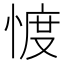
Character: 𢜬